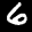
Label: 6